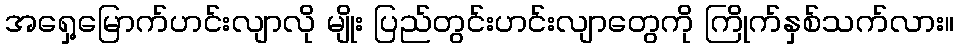
အရှေ့မြောက်ဟင်းလျာလို မျိုး ပြည်တွင်းဟင်းလျာတွေကို ကြိုက်နှစ်သက်လား။